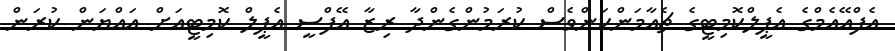
އެފްއޭއެމްގެ އެޕީލްކޮމިޓީގެ ޗެއާމަންކަންވެސް ކުރަމުންގެންދާ ރިޒާ އޭފްސީ އެޕީލް ކޮމިޓީއަށް އައްޔަން ކުރަން